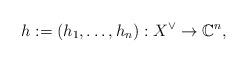
LaTeX: \begin{align*}h:=(h_1,\ldots,h_n): X^\vee\rightarrow \mathbb C^n,\end{align*}